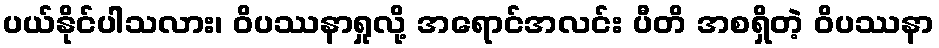
ပယ်နိုင်ပါသလား၊ ဝိပဿနာရှုလို့ အရောင်အလင်း ပီတိ အစရှိတဲ့ ဝိပဿနာ